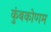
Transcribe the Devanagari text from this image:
कुंबकोणम